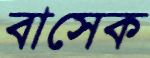
বাসেক